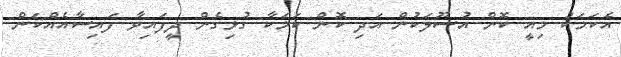
އެކަމަކު މިއީ ކޮން އުސޫލަކުން އަދި ކޮން ކަމަކާ ގުޅިގެން ދީފައިވާ ފައިސާއެއްކަން